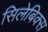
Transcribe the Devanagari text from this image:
सिलेबिक्स